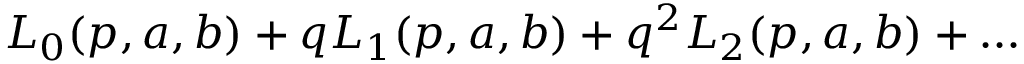
{ \cal L } _ { 0 } ( p , a , b ) + q { \cal L } _ { 1 } ( p , a , b ) + q ^ { 2 } { \cal L } _ { 2 } ( p , a , b ) + \dots